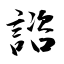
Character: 諮